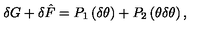
\delta G + \delta \hat { F } = P _ { 1 } \left( \delta \theta \right) + P _ { 2 } \left( \theta \delta \theta \right) ,